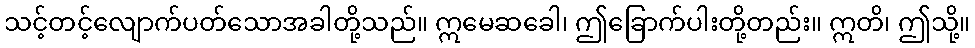
သင့်တင့်လျောက်ပတ်သောအခါတို့သည်။ ဣမေဆခေါ၊ ဤခြောက်ပါးတို့တည်း။ ဣတိ၊ ဤသို့။